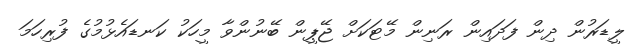
ލީޑަރުން ދިން ފަދައިން ރަނިން މޭޓަކަށް ޖޭޕީން ބޭނުންވާ މީހަކު ކަނޑައެޅުމުގެ ފުރިހަމަ